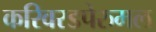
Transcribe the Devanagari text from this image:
करिवरडपेरुमल